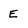
Character: E